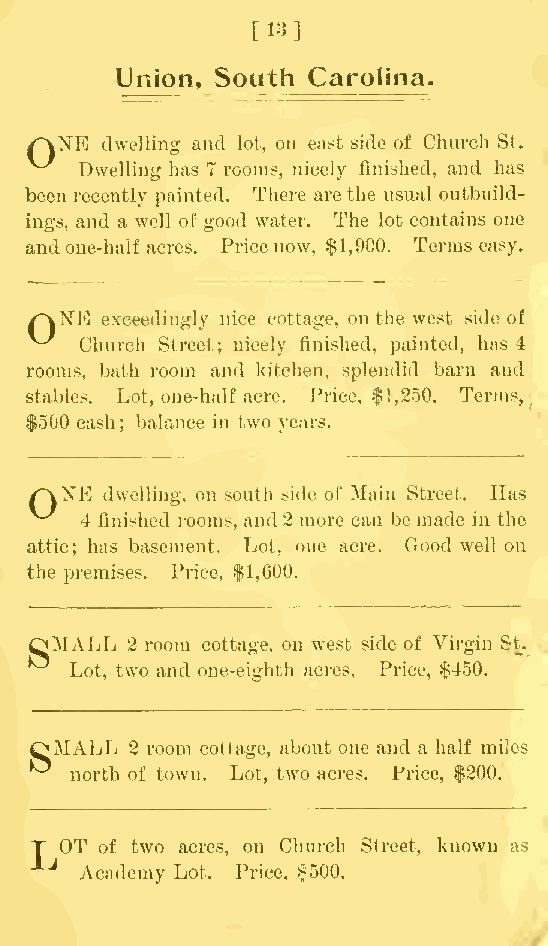
[13]
 Union, South Carolina.
 /^vNE dwelling and lot, on east side of Church St.
 Dwelling has 7 rooms, nicely finished, and has
 been recently painted. There arethe usual outbuild-
 ings, and a well of good water. The lot contains one
 andone-half acres. Price now, $1,900. Terms easy.
 /^vNK exceedingly nice cottage, on the west side of
 ^-^ Church Street; nicely finished, painted, has 4
 rooms, bath room and kitchen, splendid barn and
 stables. Lot, one-half acre. Price, $1,250. Terms,
 $500 cash; balance in two years.
 r\XE dwelling, on south side of Main Street. Has
 4 finished rooms, and2 more can be made in the
 attic; has basement. Lot, one acre. Good well on
 the premises. Price, $1,600.
 QMALL
 2 room cottage, on west side of Virgin St.
 Lot, two and one-eighth acres. Price, $450.
 QMALL
 2 room cottage, about one and a half miles
 north of town. Lot, two acres. Price, $200.
 T OT of two acres, on Church Street, known as
 lj
 Academy Lot. Price, |500.